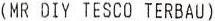
(MR DIY TESCO TERBAU)